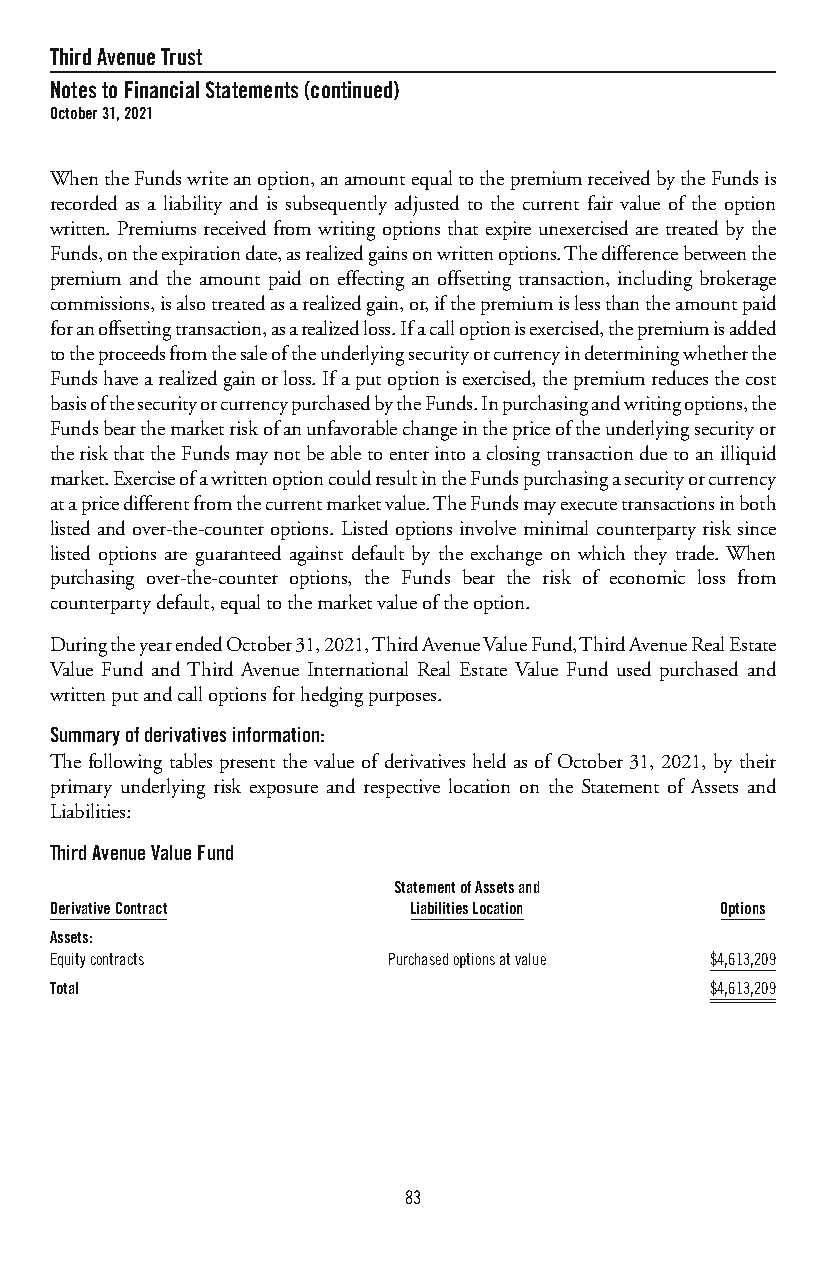
ThirdAvenueTrust
 NotestoFinancialStatements(continued)
 October31,2021
 WhentheFundswriteanoption,anamountequaltothepremiumreceivedbytheFundsis
 recorded as a liability and is subsequently adjusted to the current fair value of the option
 written. Premiums received from writing options that expire unexercised are treated by the
 Funds,ontheexpirationdate,asrealizedgainsonwrittenoptions.Thedifferencebetweenthe
 premium and the amount paid on effecting an offsetting transaction, including brokerage
 commissions,isalsotreatedasarealizedgain,or,ifthepremiumislessthantheamountpaid
 foranoffsettingtransaction,asarealizedloss.Ifacalloptionisexercised,thepremiumisadded
 totheproceedsfromthesaleoftheunderlyingsecurityorcurrencyindeterminingwhetherthe
 Fundshavearealizedgainorloss.Ifaputoptionisexercised,thepremiumreducesthecost
 basisofthesecurityorcurrencypurchasedbytheFunds.Inpurchasingandwritingoptions,the
 Fundsbearthemarketriskofanunfavorablechangeinthepriceoftheunderlyingsecurityor
 theriskthattheFundsmaynotbeabletoenterintoaclosingtransactionduetoanilliquid
 market.ExerciseofawrittenoptioncouldresultintheFundspurchasingasecurityorcurrency
 atapricedifferentfromthecurrentmarketvalue.TheFundsmayexecutetransactionsinboth
 listed and over-the-counter options. Listed options involve minimal counterparty risk since
 listed options are guaranteed against default by the exchange on which they trade. When
 purchasing over-the-counter options, the Funds bear the risk of economic loss from
 counterpartydefault,equaltothemarketvalueoftheoption.
 DuringtheyearendedOctober31,2021,ThirdAvenueValueFund,ThirdAvenueRealEstate
 Value Fund and Third Avenue International Real Estate Value Fund used purchased and
 writtenputandcalloptionsforhedgingpurposes.
 Summaryofderivativesinformation:
 The following tables present the value of derivatives held as of October 31, 2021, by their
 primary underlying risk exposure and respective location on the Statement of Assets and
 Liabilities:
 ThirdAvenueValueFund
 StatementofAssetsand
 DerivativeContract      LiabilitiesLocation  Options
 Assets:
 Equitycontracts        Purchasedoptionsatvalue $4,613,209
 Total                                       $4,613,209
 83